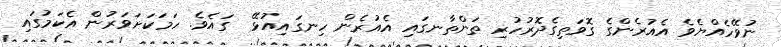
ނުވޭހެއްޔެވެ އެއުރެންގެ ގޮވަތިގެދޮރުހުރި ތަންތާނގައި އެއުރެން ހިނގައިއުޅޭ  ގައެވެ. ހަމަކަށަވަރުން އެކަމުގައި